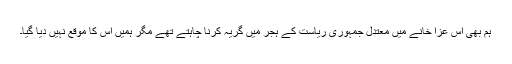
ہم بھی اس عزا خانے میں معتدل جمہوری ریاست کے ہجر میں گریہ کرنا چاہتے تھے مگر ہمیں اس کا موقع نہیں دیا گیا۔